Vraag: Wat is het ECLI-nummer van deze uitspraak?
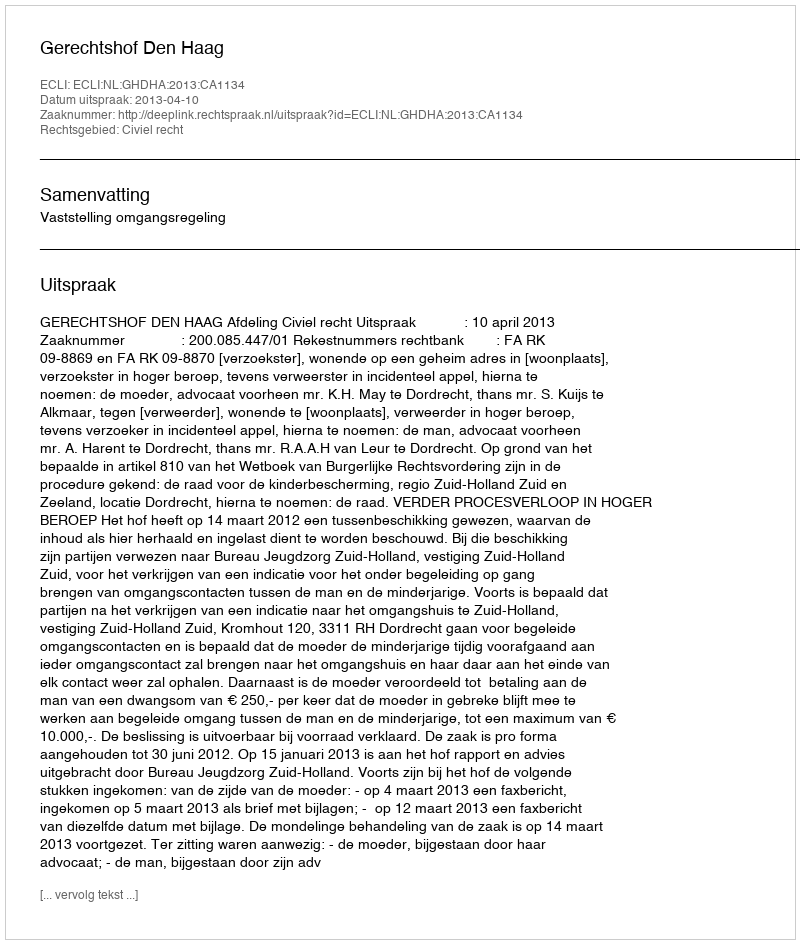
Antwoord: ECLI:NL:GHDHA:2013:CA1134